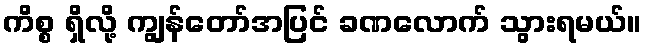
ကိစ္စ ရှိလို့ ကျွန်တော်အပြင် ခဏလောက် သွားရမယ်။